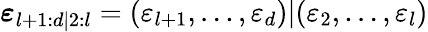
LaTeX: \boldsymbol{\varepsilon}_{l+1:d|2:l}=(\varepsilon_{l+1},\dots,\varepsilon_{d})|(\varepsilon_{2},\dots,\varepsilon_{l})